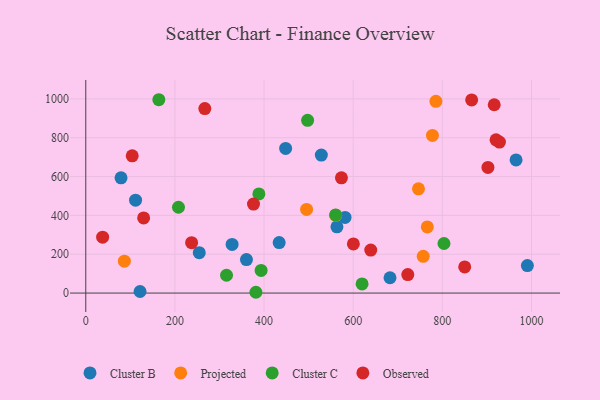
{"axis": {"x": "Study Hours", "y": "Profit"}, "legend": ["Cluster B", "Cluster C", "Observed", "Projected"], "data": [{"x": "563.5", "y": 341.1, "type": "Cluster B"}, {"x": "111.7", "y": 478.6, "type": "Cluster B"}, {"x": "121.8", "y": 8.0, "type": "Cluster B"}, {"x": "254.6", "y": 208.2, "type": "Cluster B"}, {"x": "360.5", "y": 172.5, "type": "Cluster B"}, {"x": "328.3", "y": 250.7, "type": "Cluster B"}, {"x": "965.4", "y": 685.7, "type": "Cluster B"}, {"x": "528.5", "y": 710.8, "type": "Cluster B"}, {"x": "990.8", "y": 141.7, "type": "Cluster B"}, {"x": "581.7", "y": 389.5, "type": "Cluster B"}, {"x": "682.6", "y": 79.0, "type": "Cluster B"}, {"x": "448.4", "y": 745.1, "type": "Cluster B"}, {"x": "433.9", "y": 259.8, "type": "Cluster B"}, {"x": "79.1", "y": 593.7, "type": "Cluster B"}, {"x": "766.3", "y": 340.7, "type": "Projected"}, {"x": "746.5", "y": 536.8, "type": "Projected"}, {"x": "560.7", "y": 400.4, "type": "Projected"}, {"x": "495.4", "y": 430.6, "type": "Projected"}, {"x": "86.6", "y": 164.3, "type": "Projected"}, {"x": "777.8", "y": 811.9, "type": "Projected"}, {"x": "757.1", "y": 189.4, "type": "Projected"}, {"x": "785.6", "y": 987.7, "type": "Projected"}, {"x": "393.4", "y": 116.5, "type": "Cluster C"}, {"x": "388.4", "y": 510.5, "type": "Cluster C"}, {"x": "560.6", "y": 402.4, "type": "Cluster C"}, {"x": "163.9", "y": 995.7, "type": "Cluster C"}, {"x": "208.0", "y": 441.9, "type": "Cluster C"}, {"x": "803.7", "y": 255.3, "type": "Cluster C"}, {"x": "619.9", "y": 46.9, "type": "Cluster C"}, {"x": "381.7", "y": 4.1, "type": "Cluster C"}, {"x": "497.7", "y": 889.8, "type": "Cluster C"}, {"x": "315.8", "y": 91.8, "type": "Cluster C"}, {"x": "850.2", "y": 134.7, "type": "Observed"}, {"x": "376.3", "y": 458.4, "type": "Observed"}, {"x": "916.4", "y": 969.7, "type": "Observed"}, {"x": "104.2", "y": 706.9, "type": "Observed"}, {"x": "902.3", "y": 646.8, "type": "Observed"}, {"x": "129.8", "y": 387.2, "type": "Observed"}, {"x": "600.4", "y": 253.3, "type": "Observed"}, {"x": "928.1", "y": 777.5, "type": "Observed"}, {"x": "722.5", "y": 95.3, "type": "Observed"}, {"x": "865.8", "y": 994.6, "type": "Observed"}, {"x": "573.6", "y": 593.3, "type": "Observed"}, {"x": "920.5", "y": 789.4, "type": "Observed"}, {"x": "639.4", "y": 221.3, "type": "Observed"}, {"x": "37.8", "y": 287.6, "type": "Observed"}, {"x": "237.4", "y": 259.5, "type": "Observed"}, {"x": "267.1", "y": 950.3, "type": "Observed"}]}